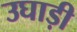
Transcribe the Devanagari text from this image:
उघाड़ी